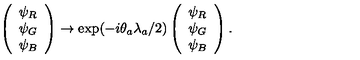
\left( \begin{array} { l } { \psi _ { R } } \\ { \psi _ { G } } \\ { \psi _ { B } } \\ \end{array} \right) \rightarrow \exp ( - i \theta _ { a } \lambda _ { a } / 2 ) \left( \begin{array} { l } { \psi _ { R } } \\ { \psi _ { G } } \\ { \psi _ { B } } \\ \end{array} \right) .